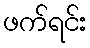
ဖက်ရင်း